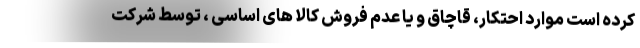
کرده است موارد احتکار، قاچاق و یا عدم فروش کالا های اساسی ، توسط شرکت